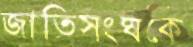
জাতিসংঘকে